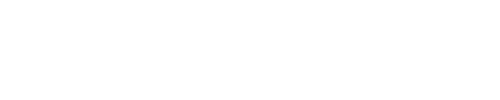
\displaystyle